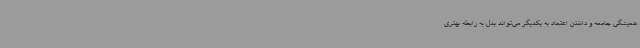
همیشگی جامعه و داشتن اعتماد به یکدیگر می‌تواند بدل به رابطه بهتری